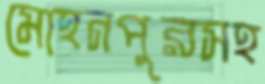
মোহনপুরসহ